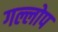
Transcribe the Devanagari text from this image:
गल्लोप